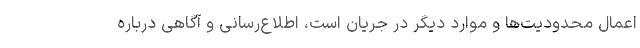
اعمال محدودیت‌ها و موارد دیگر در جریان است، اطلاع‌رسانی و آگاهی درباره